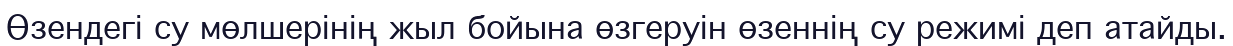
Өзендегі су мөлшерінің жыл бойына өзгеруін өзеннің су режимі деп атайды.